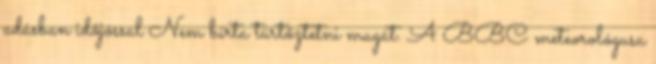
adásban időjóssal Nem bírta tür­tőz­tetni magát. A BBC me­te­o­ro­ló­gusa